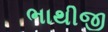
ભાથીજી